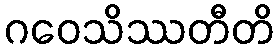
ဂဝေသိဿတီတိ